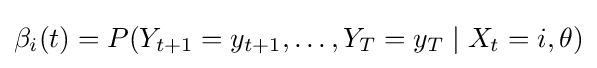
\beta _{i}(t)=P(Y_{t+1}=y_{t+1},\ldots ,Y_{T}=y_{T}\mid X_{t}=i,\theta )